画像に写った文字を読んでください
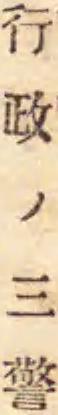
「行政ノ三警」と書いてあります